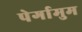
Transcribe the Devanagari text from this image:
पेर्गामुम